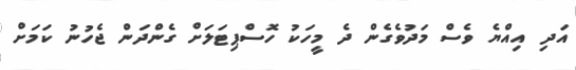
އަދި އިއްޔެ ވެސް މަދުވެގެން ދެ މީހަކު ހޮސްޕިޓަލަށް ގެންދަން ޖެހުނު ކަމަށް